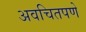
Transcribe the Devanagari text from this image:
अवचितपणे